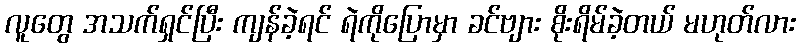
လူတွေ အသက်ရှင်ပြီး ကျန်ခဲ့ရင် ရဲကိုပြောမှာ ခင်ဗျား စိုးရိမ်ခဲ့တယ် မဟုတ်လား